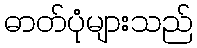
ဓာတ်ပုံများသည်